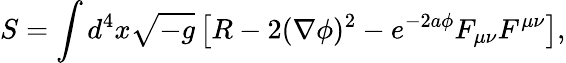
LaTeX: S=\int d^{4}x\sqrt{-g}\left[R-2(\nabla\phi)^{2}-e^{-2a\phi}F_{\mu\nu}F^{\mu\nu}\right],